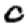
Digit: 0